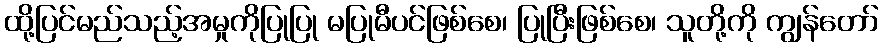
ထို့ပြင်မည်သည့်အမှုကိုပြုပြု မပြုမီပင်ဖြစ်စေ၊ ပြုပြီးဖြစ်စေ၊ သူတို့ကို ကျွန်တော်